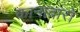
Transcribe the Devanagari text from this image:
कानावारो